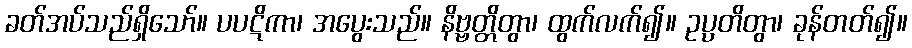
ခတ်အပ်သည်ရှိသော်။ ပပဋိကာ၊ အပွေးသည်။ နိဗ္ဗတ္တိတွာ၊ ထွက်လက်၍။ ဥပ္ပတိတွာ၊ ခုန်တတ်၍။